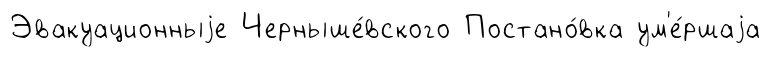
Эвакуационныjе Черныше́вского Постано́вка ум'е́ршаjа